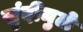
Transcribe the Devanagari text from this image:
सुंदीमुळे